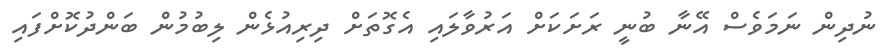
ނުދިން ނަމަވެސް އޭނާ ބުނީ ރަށަކަށް އަރުވާލައި އެގޮތަށް ދިރިއުޅެން ލިބުމުން ބަންދުކޮށްފައި